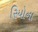
રિયોના